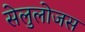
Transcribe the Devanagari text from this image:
सेलुलोजस